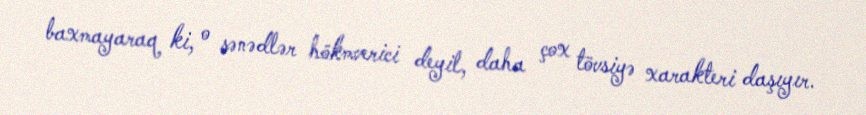
baxmayaraq ki, o sənədlər hökmverici deyil, daha çox tövsiyə xarakteri daşıyır.